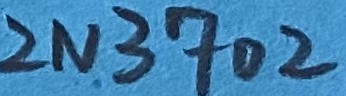
Text: 2N3702